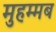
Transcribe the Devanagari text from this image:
मुहम्मब